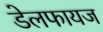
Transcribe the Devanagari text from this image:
डेलफायज